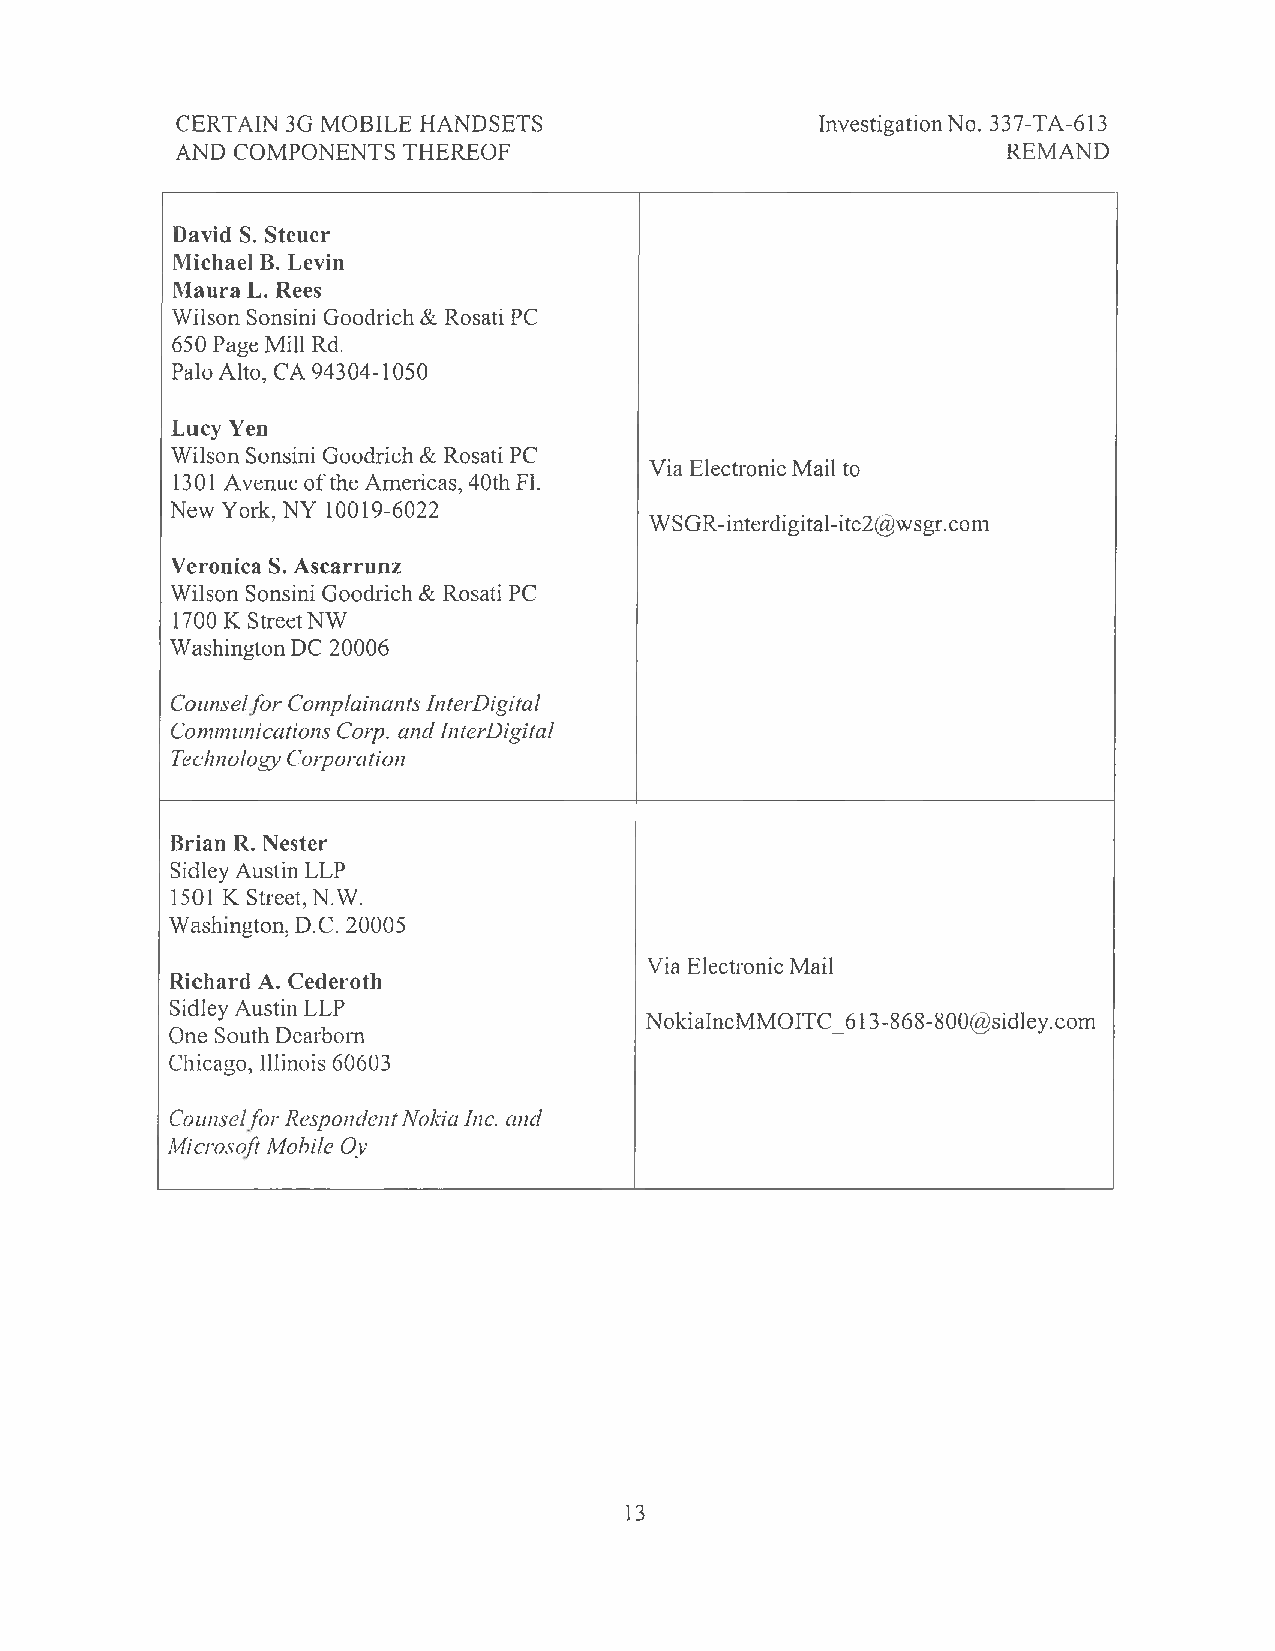
CERTAIN 3G MOBILE HANDSETS                Investigation No. 337-TA-613
 AND COMPONENTS THEREOF                                 REMAND
 David S. Steuer
 Michael B. Levin
 Maura L. Rees
 Wilson Sonsini Goodrich & Rosati PC
 650 Page Mill Rd.
 Palo Alto, CA 94304-1050
 Lucy Yen
 Wilson Sonsini Goodrich & Rosati PC
 Via Electronic Mail to
 13 01 A venue of the Americas, 40th Fl.
 New York, NY 10019-6022
 WSGR-interdigital-itc2@wsgr.com
 VeronicaS. Ascarrunz
 Wilson Sonsini Goodrich & Rosati PC
 1700 K Street NW
 Washington DC 20006
 Counselfor Complainants InterD igital
 Communications Corp. and InterDigital
 Technology Corporation
 Brian R. Nester
 Sidley Austin LLP
 1501 K Street, N.W.
 Washington, D.C. 20005
 Via Electronic Mail
 Richard A. Cederoth
 Sidley Austin LLP
 NokialncMMOITC_ 613-868-800@sidley.corn
 One South Dearborn
 Chicago, Illinois 60603
 Counselfor Respondent Nokia Inc. and
 Microsoft Mobile Oy
 13